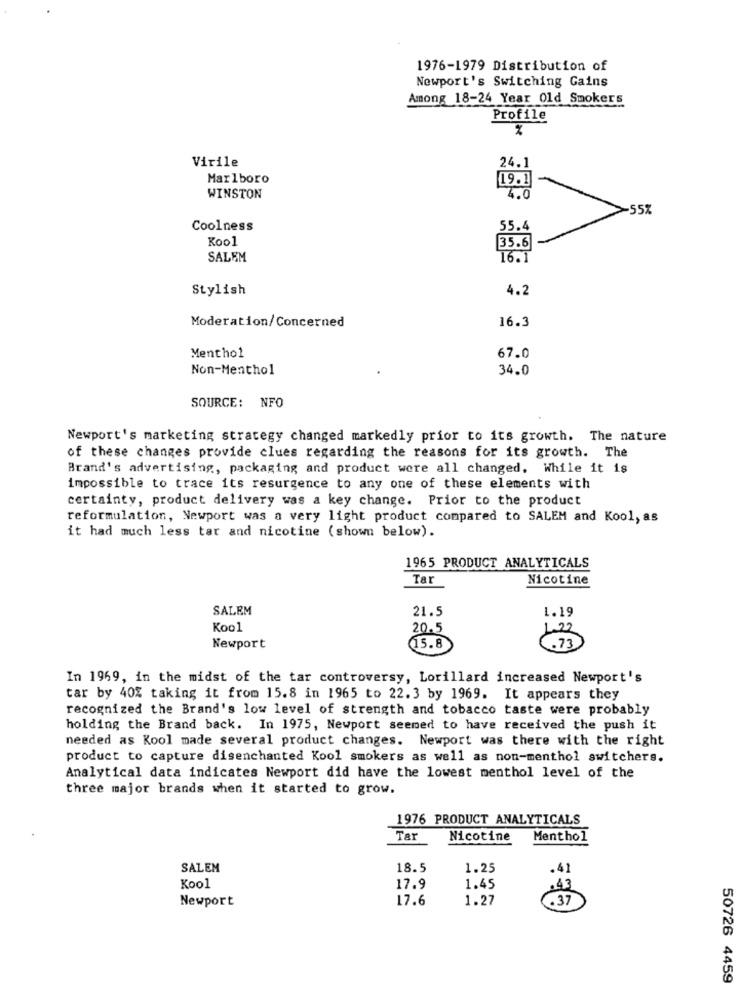
1976-1979 Distribution of
Newport's Switching Gains
Among 18-24 Year Old Smokers
Profile
Virile
24.1
Marlboro
19.1
WINSTON
4.0
-552
Coolness
55.4
Kool
35.6
SALEM
16.1
Stylish
4.2
Moderation/Concerned
16.3
Menthol
67.0
Non-Menthol
34.0
SOURCE: NFO
Newport's marketing strategy changed markedly prior to its growth. The nature
of these changes provide clues regarding the reasons for its growth. The
Brand's advertising, packaging and product were all changed, While it is
impossible to trace its resurgence to any one of these elements with
certainty, product delivery was a key change. Prior to the product
reformulation, Newport was a very light product compared to SALEM and Kool, as
it had much less tar and nicotine (shown below).
1965 PRODUCT ANALYTICALS
Tar
Nicotine
SALEM
21.5
1.19
Kool
20.5
1.22
Newport
15.8
.. 73
In 1969, in the midst of the tar controversy, Lorillard increased Newport's
tar by 40% taking it from 15.8 in 1965 to 22.3 by 1969. It appears they
recognized the Brand's low level of strength and tobacco taste were probably
holding the Brand back. In 1975, Newport seemed to have received the push it
needed as Kool made several product changes. Newport was there with the right
product to capture disenchanted Kool smokers as well as non-menthol switchers.
Analytical data indicates Newport did have the lowest menthol level of the
three major brands when it started to grow.
1976 PRODUCT ANALYTICALS
Tar
Nicotine
Menthol
SALEM
18.5
1.25
.41
Kool
17.9
1.45
43
Newport
17.6
1.27
.37
50726 4459